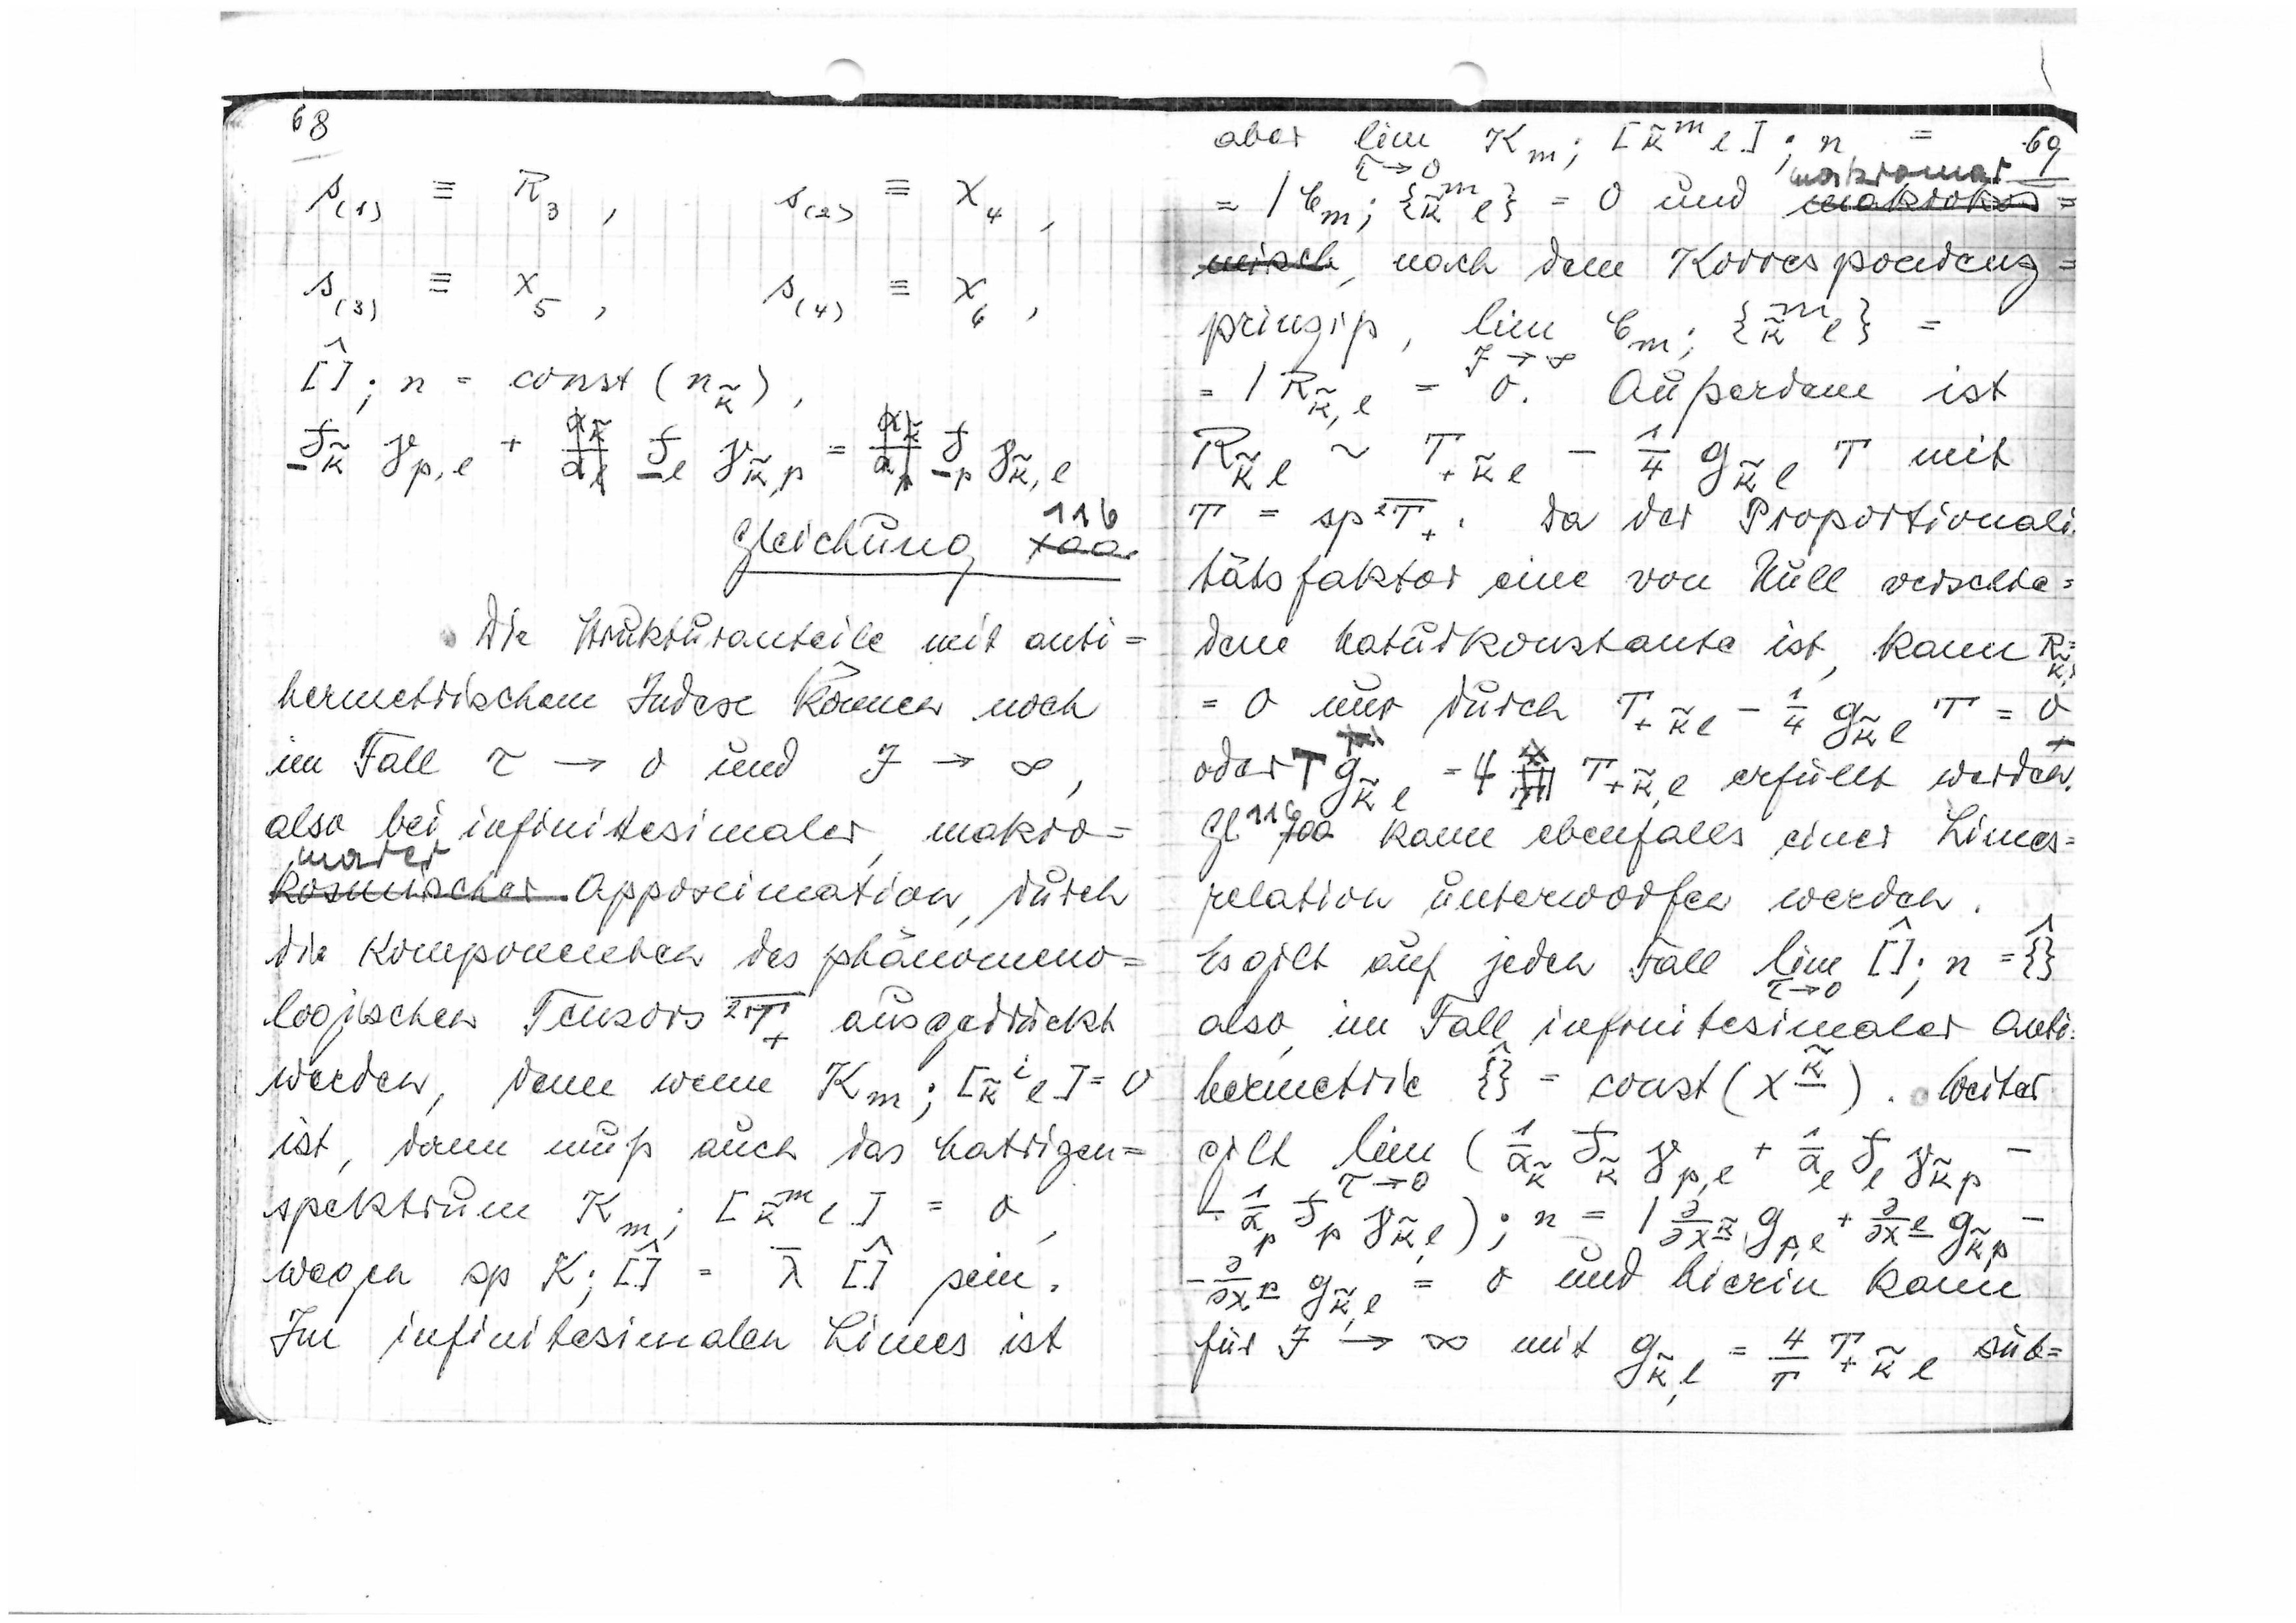
68
R3
≡ x4
s(1)
s(2)
,
x
s(3)
s(4)
5
6

116
Gleichung
Die Strukturanteile mit anti
hermetrischem Index können noch
im Fall τ → 0 und J → 0
also bei infinitesimaler, makro
marer
kosmischer
Approximation, durch
die Komponenten des phänomäno=
logischen Tensors

ausgedrückt
0
werden, denn wenn

ist, dann muß auch das Matrizen=
spektrum

wegen sp

sein.
Im infinitesimalen Limes ist

aber
69

→ 0
τ
makromar
m
=

= 0 und
makrokos
misch
nach dem Korrespondenz=
m
prinzip,

= 0 Außerdem ist

mit

Da der Proportionali
tätsfaktor eine von Null verschie=
dene Naturkonstante ist, kann

= 0 nur durch

oder

erfüllt werden.
Gl.
100
kann ebenfalls einer Limes=
relation unterworfen werden.
Es gilt auf jeden Fall lim

also, im Fall infinitesimaler Anti
hermetrie

Weiter
gilt lim

→ 0

; n =

= 0 und hierin kann

für J → ∞ mit

sub=